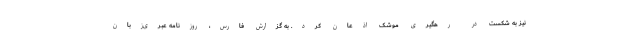
نیز به شکست در رهگیری موشک اذعان کرد. به گزارش فارس، روزنامه عبری‌زبان